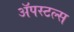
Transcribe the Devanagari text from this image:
ॲपस्टल्स